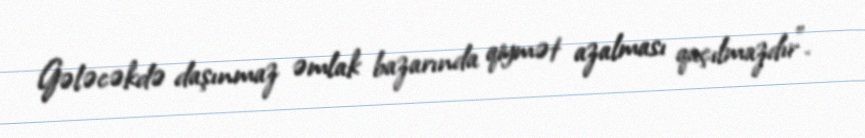
Gələcəkdə daşınmaz əmlak bazarında qiymət azalması qaçılmazdır".